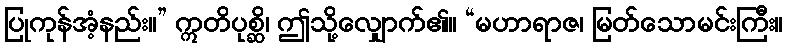
ပြုကုန်အံ့နည်း။” ဣတိပုစ္ဆိ၊ ဤသို့လျှောက်၏။ “မဟာရာဇ၊ မြတ်သောမင်းကြီး။